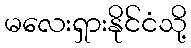
မလေးရှားနိုင်ငံသို့